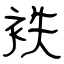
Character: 袟